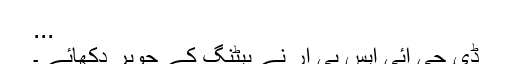
...
ڈی جی آئی ایس پی آر نے بیٹنگ کے جوہر دکھائے ۔